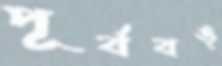
পূর্ববঙ্